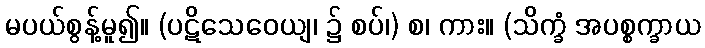
မပယ်စွန့်မူ၍။ (ပဋိသေဝေယျ၊ ၌ စပ်၊) စ၊ ကား။ (သိက္ခံ အပစ္စက္ခာယ